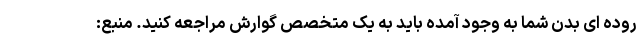
روده ای بدن شما به وجود آمده باید به یک متخصص گوارش مراجعه کنید. منبع: